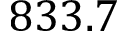
8 3 3 . 7